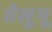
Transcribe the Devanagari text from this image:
तेलु्गू